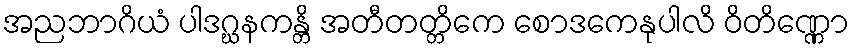
အညဘာဂိယံ ပါဒဂ္ဃနကန္တိ အတီတတ္တိကေ စောဒကေနုပါလိ ဝိတိဏ္ဏော